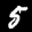
Label: 5